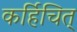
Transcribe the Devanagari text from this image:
कर्हिचित्